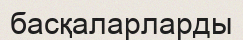
басқаларларды